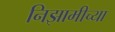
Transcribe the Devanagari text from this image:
निझामीच्या